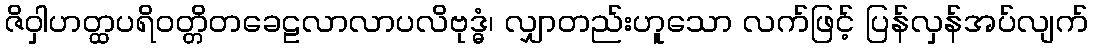
ဇိဝှါဟတ္ထပရိဝတ္တိတခေဠလာလာပလိဗုဒ္ဓံ၊ လျှာတည်းဟူသော လက်ဖြင့် ပြန်လှန်အပ်လျက်